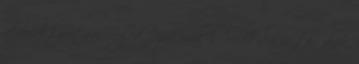
akarnak szorítani Téged Jézus mellől. Veled nem is törődnek.